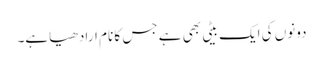
دونوں کی ایک بیٹی بھی ہے جس کا نام ارادھیاہے۔